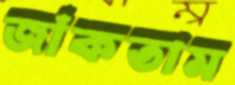
জাঁকতাম